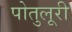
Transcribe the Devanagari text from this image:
पोतुलूरी